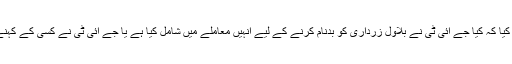
ساتھ ہی چیف جسٹس نے استفسار کیا کہ کیا جے آئی ٹی نے بلاول زرداری کو بدنام کرنے کے لیے انہیں معاملے میں شامل کیا ہے یا جے آئی ٹی نے کسی کے کہنے پر بلاول زرداری کو شامل کیا۔